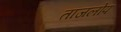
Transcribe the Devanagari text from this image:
ताजलोप